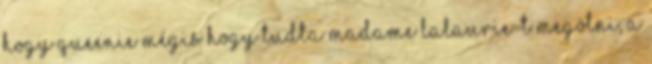
hogy Queenie mégis hogy tudta Madame LaLaurie-t megölni, a